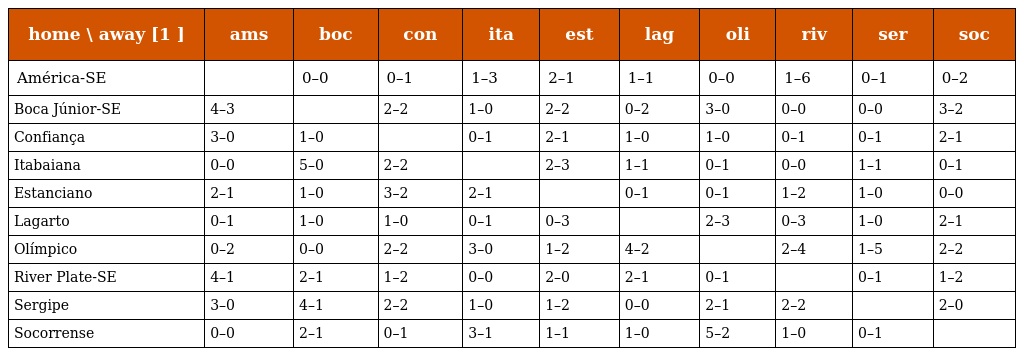
| home \ away [1 ] | ams | boc | con | ita | est | lag | oli | riv | ser | soc |
 | --- | --- | --- | --- | --- | --- | --- | --- | --- | --- | --- |
 | América-SE |  | 0–0 | 0–1 | 1–3 | 2–1 | 1–1 | 0–0 | 1–6 | 0–1 | 0–2 |
 | Boca Júnior-SE | 4–3 |  | 2–2 | 1–0 | 2–2 | 0–2 | 3–0 | 0–0 | 0–0 | 3–2 |
 | Confiança | 3–0 | 1–0 |  | 0–1 | 2–1 | 1–0 | 1–0 | 0–1 | 0–1 | 2–1 |
 | Itabaiana | 0–0 | 5–0 | 2–2 |  | 2–3 | 1–1 | 0–1 | 0–0 | 1–1 | 0–1 |
 | Estanciano | 2–1 | 1–0 | 3–2 | 2–1 |  | 0–1 | 0–1 | 1–2 | 1–0 | 0–0 |
 | Lagarto | 0–1 | 1–0 | 1–0 | 0–1 | 0–3 |  | 2–3 | 0–3 | 1–0 | 2–1 |
 | Olímpico | 0–2 | 0–0 | 2–2 | 3–0 | 1–2 | 4–2 |  | 2–4 | 1–5 | 2–2 |
 | River Plate-SE | 4–1 | 2–1 | 1–2 | 0–0 | 2–0 | 2–1 | 0–1 |  | 0–1 | 1–2 |
 | Sergipe | 3–0 | 4–1 | 2–2 | 1–0 | 1–2 | 0–0 | 2–1 | 2–2 |  | 2–0 |
 | Socorrense | 0–0 | 2–1 | 0–1 | 3–1 | 1–1 | 1–0 | 5–2 | 1–0 | 0–1 |  |